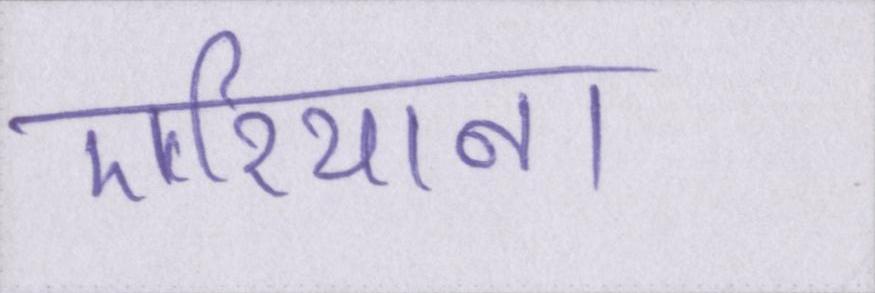
एरियाना